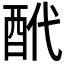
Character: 𨠍